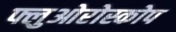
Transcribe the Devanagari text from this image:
फ्लुओरोस्कोप